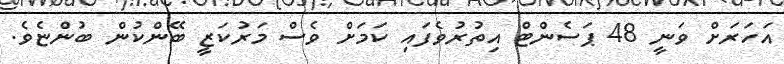
އަހަރަށް ވަނީ 48 ޕަސެންޓް އިތުރުވެފައި ކަމަށް ވެސް މަރުކަޒީ ބޭންކުން ބުންޏެވެ.